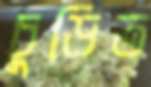
চুড়িত